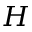
H